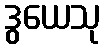
ဒွယေသု